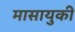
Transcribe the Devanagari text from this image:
मासायुकी